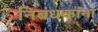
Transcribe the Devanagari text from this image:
निबंधकांना